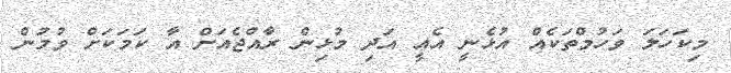
މިކަހަލަ ވަހުމްތަކެއް އުޅެނީ އެއީ އަދި މުޅިން ރާއްޖެއަށް އާ ކަމަކަށް ވުމުން